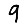
Digit: 9